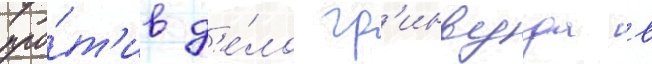
про́т'ив д'е́ло гр'инвуда в